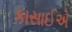
કાસાઈએ